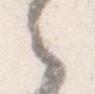
之